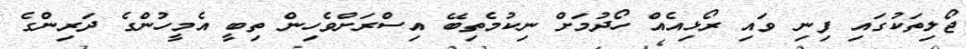
ޖޯލިތަކުގައި ފިނި ވައި ރޯޅިއެއް ހޯދުމަށް ނިކުމެތިބޭ އިސްރަށްވެހިން ތިބީ އެމީހުންގެ ދަރިންގެ